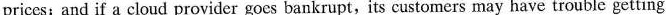
prices;and if a cloud provider goes bankrupt, its customers may have trouble getting